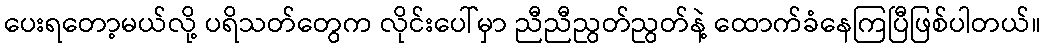
ပေးရတော့မယ်လို့ ပရိသတ်တွေက လိုင်းပေါ်မှာ ညီညီညွတ်ညွတ်နဲ့ ထောက်ခံနေကြပြီဖြစ်ပါတယ်။